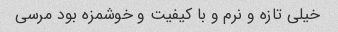
خیلی تازه و نرم و با کیفیت و خوشمزه بود مرسی